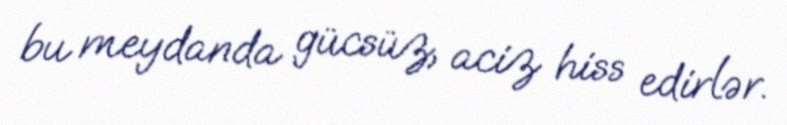
bu meydanda gücsüz, aciz hiss edirlər.